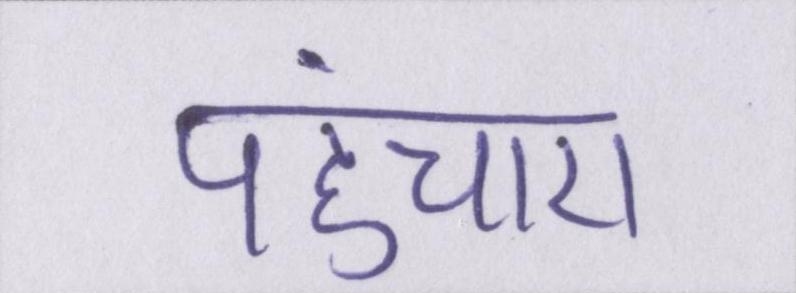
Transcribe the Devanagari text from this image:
पहुंचाए